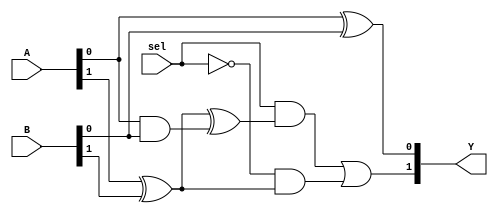
module mux_2to1(Y, A, B, sel);
wire   [1:0] _0_;
wire   [1:0] _1_;
wire   [1:0] _2_;
input  [1:0] A;
input  [1:0] B;
output [1:0] Y;
input  sel;
assign Y[1] = ((sel & _0_[1]) | ((~ sel) & _2_[1]));
assign Y[0] = (A[0] ^ B[0]);
assign _2_[1] = (A[1] ^ B[1]);
assign _0_[1] = (_2_[1] ^ _1_[0]);
assign _1_[0] = (A[0] & B[0]);
endmodule